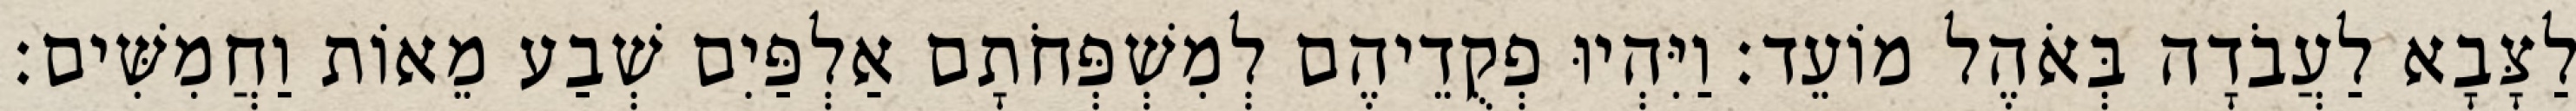
לַצָּבָא לַעֲבֹדָה בְּאֹהֶל מוֹעֵד׃ וַיִּהְיוּ פְקֻדֵיהֶם לְמִשְׁפְּחֹתָם אַלְפַּיִם שְׁבַע מֵאוֹת וַחֲמִשִּׁים׃